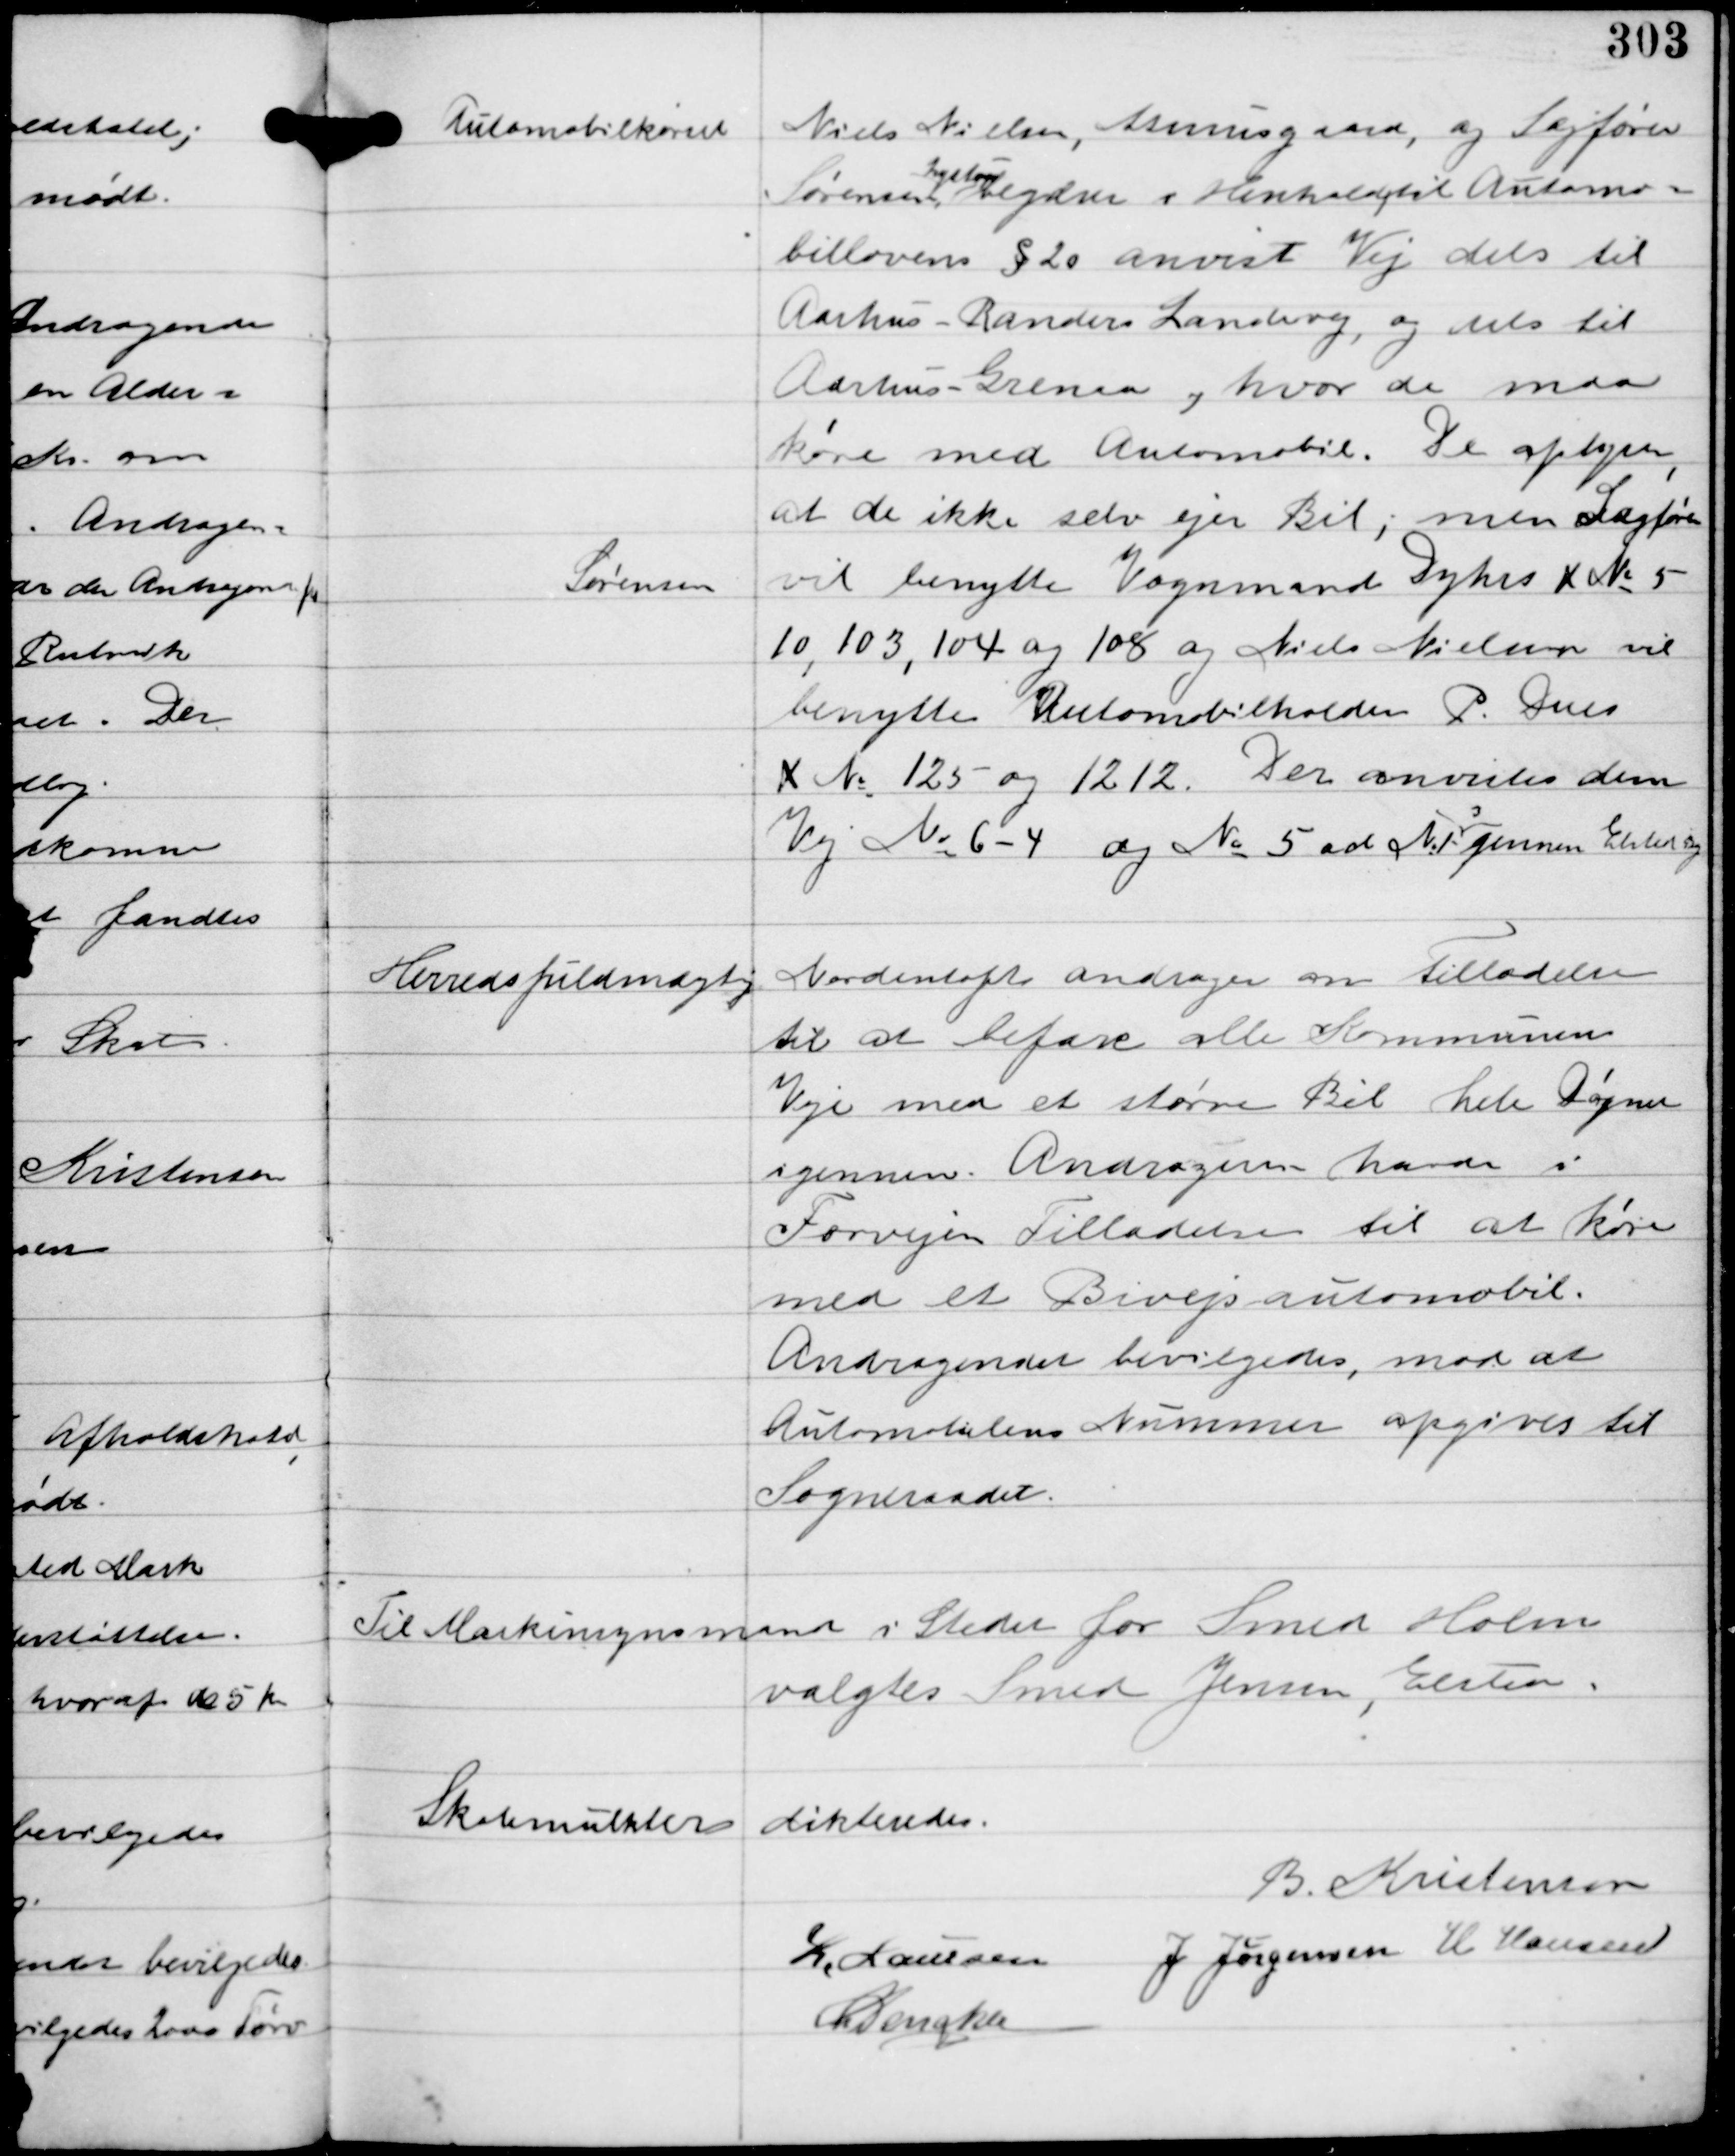
Transskription:
Automobilkørsel
Niels Nielsen, Asmusgaard, og Sagfører
Sørensen
Lystrup
begærer i Henhold til Automo-
billovens §20 anvist Vej dels til
Aarhus - Randers Landevej, og dels til
Aarhus - Grenaa og hvor de maa
køre med Automobil. De oplyser,
at de ikke selv ejer Bil; men Sagfører
Sørensen
vil benytte Vognmand Dyhrs K No 5
10, 103, 104 og 108 og Niels Nielsen vil
benytte Automobilholder P. Dues
K No 125 og 1212. Der anvistes dem
Vej No 6-4 og No 5 ad N.1
3
gennem Elsted By

Herredsfuldmægtig Nordentoft andrager om Tilladelse
til at befare alle Kommunens
Veje med et større Bil hele Døgnen
igennem. Andrageren havde i
Forvejen Tilladelse til at køre
med et Bivejsautomobil.
Andragendet bevilgedes, mod at
Automobilens Nummer opgives til
Sogneraadet.

Til Maskinsynsmand i Stedet for Smed Holm
valgtes Smed Jensen, Elsted.

Skolemulkter dikteredes.

B. Kristensen
K. Laursen J Jørgensen H Hansen
C Dencker